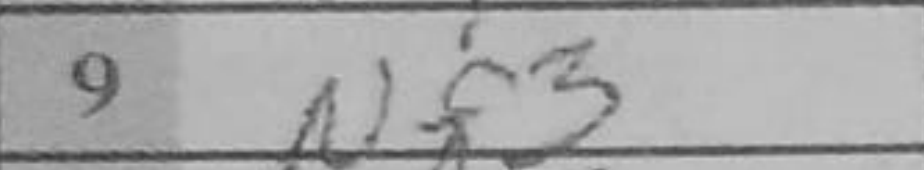
Transcription: Nf3